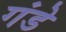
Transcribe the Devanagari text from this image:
गंडे